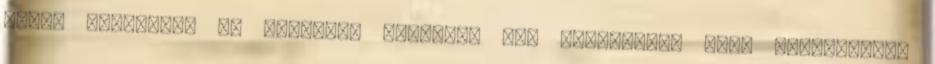
engem általában az arcomról ismernek meg beismerni, hogy öregszenek,